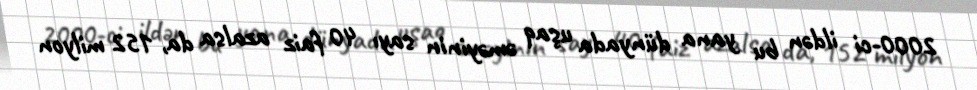
2000-ci ildən bu yana dünyada uşaq əməyinin sayı 40 faiz azalsa da, 152 milyon